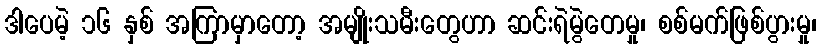
ဒါပေမဲ့ ၁၆ နှစ် အကြာမှာတော့ အမျိုးသမီးတွေဟာ ဆင်းရဲမွဲတေမှု၊ စစ်မက်ဖြစ်ပွားမှု၊